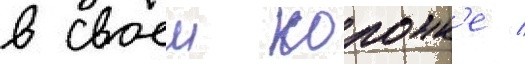
в своеи колонк'е /